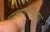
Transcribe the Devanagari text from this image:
व्यवहारसिद्ध